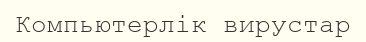
Компьютерлік вирустар